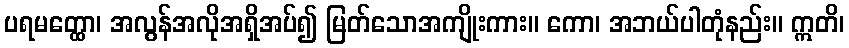
ပရမတ္ထော၊ အလွန်အလိုအရှိအပ်၍ မြတ်သောအကျိုးကား။ ကော၊ အဘယ်ပါတုံနည်း။ ဣတိ၊